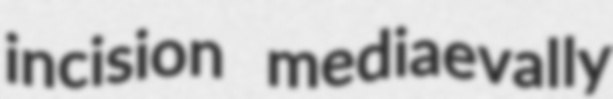
incision mediaevally